Report on enteric fever
Disease focus: Fever
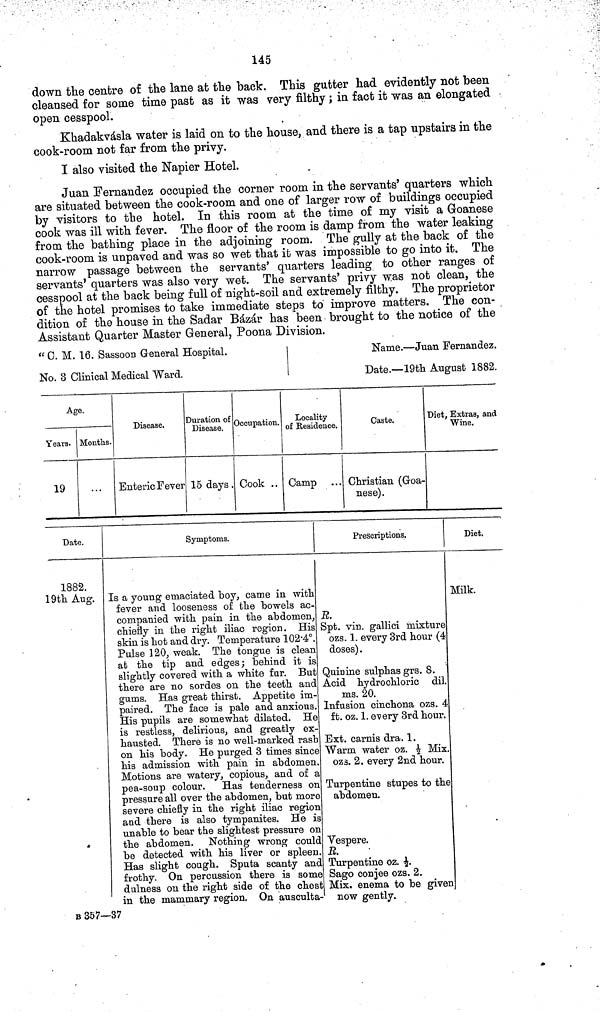
145
down the centre of the lane at the back. This gutter had evidently not been
cleansed for some time past as it was very filthy; in fact it was an elongated
open cesspool.
Khadakvásla water is laid on to the house, and there is a tap upstairs in the
cook-room not far from the privy.
I also visited the Napier Hotel.
Juan Fernandez occupied the corner room in the servants' quarters which
are situated between the cook-room and one of larger row of buildings occupied
by visitors to the hotel. In this room at the time of my visit a Goanese
cook was ill with fever. The floor of the room is damp from the water leaking
from the bathing place in the adjoining room. The gully at the back of the
cook-room is unpaved and was so wet that it was impossible to go into it. The
narrow passage between the servants' quarters leading to other ranges of
servants' quarters was also very wet. The servants' privy was not clean, the
cesspool at the back being full of night-soil and extremely filthy. The proprietor
of the hotel promises to take immediate steps to improve matters. The con-
dition of the house in the Sadar Bázár has been brought to the notice of the
Assistant Quarter Master General, Poona Division.
" C. M. 16. Sassoon General Hospital.
No. 8 Clinical Medical Ward.
Name.— Juan Fernandez.
Date.— 19th August 1882.
Age.
Years.
19
Months.
Disease.
Enteric Fever
Duration of
Disease.
15 days .
Occupation.
Cook ..
Locality
of Residence.
Camp
Caste.
Christian (Goa-
nese).
Diet, Extras, and
Wine.
Date.
1882.
19th Aug.
Symptoms.
Is a young emaciated boy, came in with
fever and looseness of the bowels ac-
companied with pain in the abdomen,
chiefly in the right iliac region. His
skin is hot and dry. Temperature 102·4°.
Pulse 120, weak. The tongue is clean
at the tip and edges; behind it is
slightly covered with a white fur. But
there are no sordes on the teeth and
gums. Has great thirst. Appetite im-
paired. The face is pale and anxious.
His pupils are somewhat dilated. He
is restless, delirious, and greatly ex-
hausted. There is no well-marked rash
on his body. He purged 3 times since
his admission with pain in abdomen.
Motions are watery, copious, and of a
pea-soup colour. Has tenderness on
pressure all over the abdomen, but more
severe chiefly in the right iliac region
and there is also tympanites. He is
unable to bear the slightest pressure on
the abdomen. Nothing wrong could
be detected with his liver or spleen.
Has slight cough. Sputa scanty and
frothy. On percussion there is some
dulness on the right side of the chest
in the mammary region. On ausculta-
Prescriptions.
R.
Spt. vin. gallici mixture
ozs. 1. every 3rd hour (4
doses) .
Quinine sulphas grs. 8.
Acid hydrochloric dil.
ms. 20.
Infusion cinchona ozs. 4
ft. oz. 1. every 3rd hour.
Ext. carnis dra. 1.
Warm water oz. ½ Mix.
ozs. 2. every 2nd hour.
Turpentine stupes to the
abdomen.
Vespere.
R.
Turpentine oz. ½.
Sago conjee ozs. 2.
Mix. enema to be given
now gently.
Diet.
Milk.
B 357—37